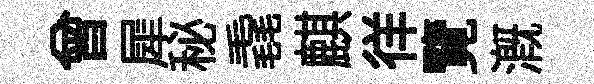
曾犀秘毳麒徉覽溉